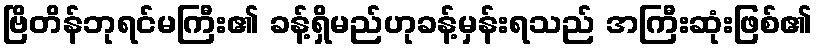
ဗြိတိန်ဘုရင်မကြီး၏ ခန့်ရှိမည်ဟုခန့်မှန်းရသည် အကြီးဆုံးဖြစ်၏